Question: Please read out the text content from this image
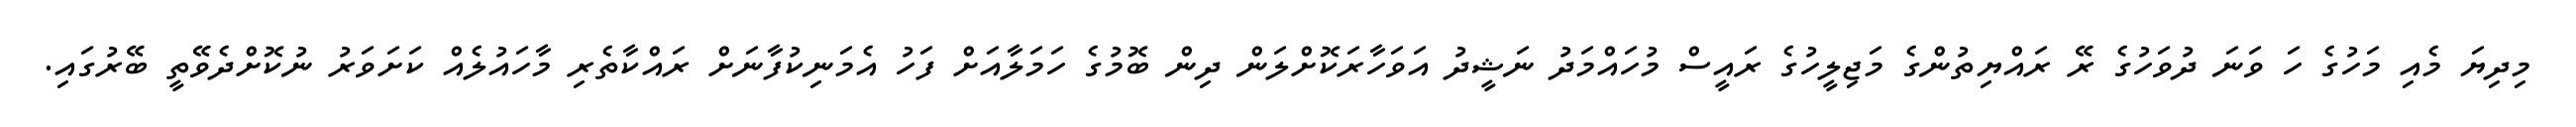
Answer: މިދިޔަ މެއި މަހުގެ ހަ ވަނަ ދުވަހުގެ ރޭ ރައްޔިތުންގެ މަޖިލީހުގެ ރައީސް މުހައްމަދު ނަޝީދު އަވަހާރަކޮށްލަން ދިން ބޮމުގެ ހަމަލާއަށް ފަހު އެމަނިކުފާނަށް ރައްކާތެރި މާހައުލެއް ކަށަވަރު ނުކޮށްދެވޭތީ ބޭރުގައި.